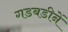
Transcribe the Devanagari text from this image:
गडबडीनें